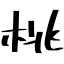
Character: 桃